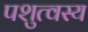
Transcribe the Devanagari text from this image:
पशुत्वस्य